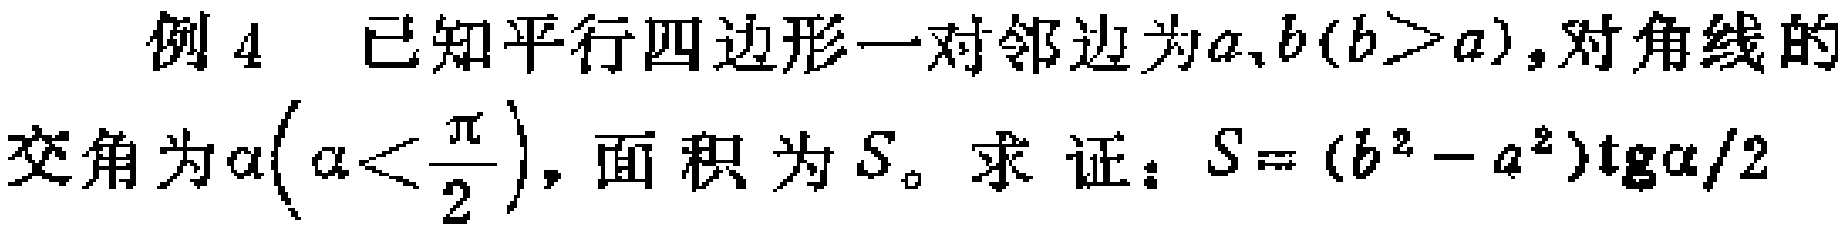
例 4 已知平行四边形一对邻边为\(a,b(b > a)\)，对角线的交角为\(\alpha(\alpha < \frac{\pi}{2})\)，面积为\(S\)。求证：\(S = (b^{2}-a^{2})\mathrm{tg}\alpha/2\)